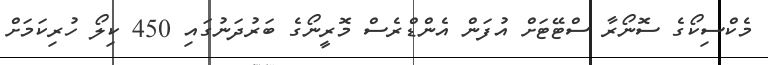
މެކްސިކޯގެ ސޮނޯރާ ސްޓޭޓަށް އުފަން އެންޑްރެސް މޮރީނޯގެ ބަރުދަނުގައި 450 ކިލޯ ހުރިކަމަށް